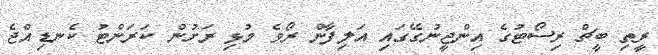
ރީތި ބީޗް ރިސޯޓުގެ އިންޖީނުގޭގައި އަލިފާން ރޯވެ މުޅި ރަށުން ކަރަންޓު ކެނޑިއްޖެ